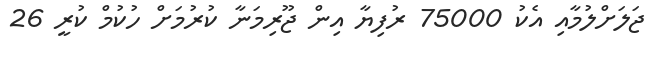
ޖަލަށްލުމާއި އެކު 75000 ރުފިޔާ އިން ޖޫރިމަނާ ކުރުމަށް ހުކުމް ކުރީ 26